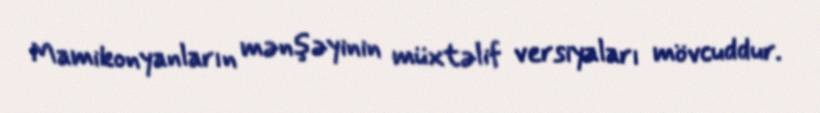
Mamikonyanların mənşəyinin müxtəlif versiyaları mövcuddur.